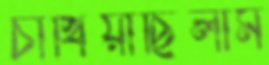
চাখিয়াছিলাম